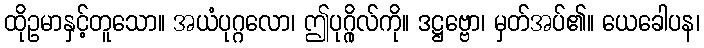
ထိုဥမာနှင့်တူသော။ အယံပုဂ္ဂလော၊ ဤပုဂ္ဂိုလ်ကို။ ဒဋ္ဌဗ္ဗော၊ မှတ်အပ်၏။ ယေခေါပန၊